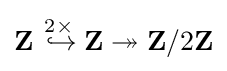
\mathbf {Z} \mathrel {\overset {2\times }{\,\hookrightarrow }} \mathbf {Z} \twoheadrightarrow \mathbf {Z} /2\mathbf {Z}